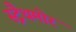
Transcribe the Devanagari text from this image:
स्ट्रैथमोर